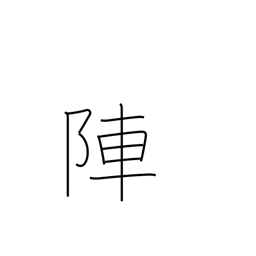
Meaning: battle array